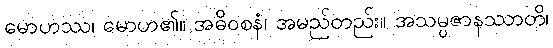
မောဟဿ၊ မောဟ၏။ အဓိဝစနံ၊ အမည်တည်း။ အသမ္ပဇာနဿာတိ၊